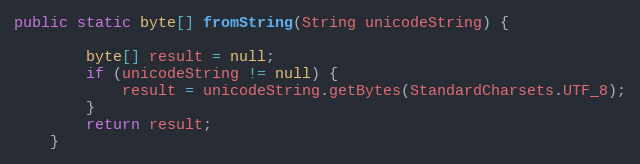
Language: Java
public static byte[] fromString(String unicodeString) {

        byte[] result = null;
        if (unicodeString != null) {
            result = unicodeString.getBytes(StandardCharsets.UTF_8);
        }
        return result;
    }